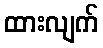
ထားလျက်